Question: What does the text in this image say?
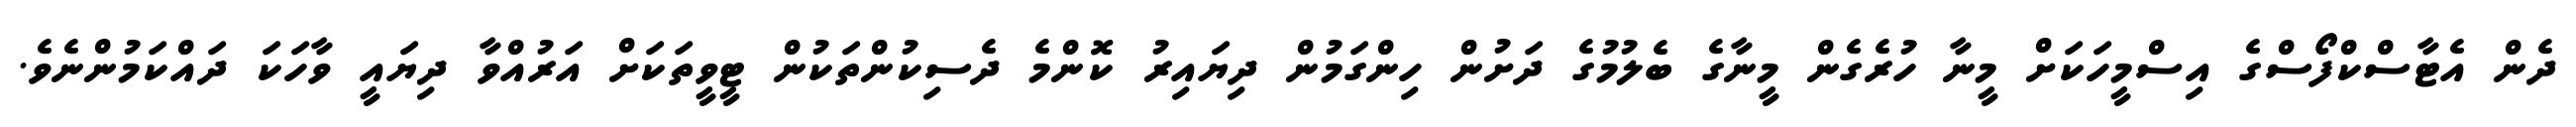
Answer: ދެން އެޓާސްކްފޯސްގެ އިސްމީހަކަށް މީނާ ހުރެގެން މީނާގެ ބެލުމުގެ ދަށުން ހިންގަމުން ދިޔައިރު ކޮންމެ ދެސިކުންތަކުން ޓީވީތަކަށް އަރުއްވާ ދިޔައީ ވާހަކަ ދައްކަމުންނެވެ.